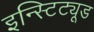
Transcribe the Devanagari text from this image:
इन्स्टिट्यूड